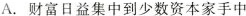
A.财富日益集中到少数资本家手中